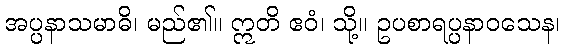
အပ္ပနာသမာဓိ၊ မည်၏။ ဣတိ ဧဝံ၊ သို့။ ဥပစာရပ္ပနာဝသေန၊